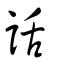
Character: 話